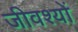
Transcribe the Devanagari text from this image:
जीवश्यों